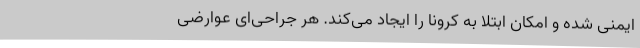
ایمنی شده و امکان ابتلا به کرونا را ایجاد می‌کند. هر جراحی‌ای عوارضی